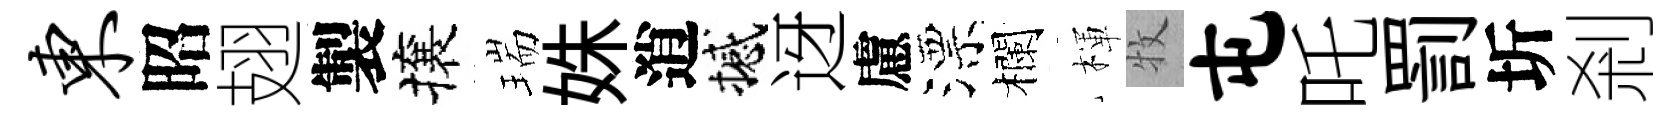
东昭翅製攘瑞姝逍撼迓慮漂欄楎牧屯吒罰圻剎